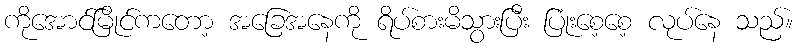
ကိုအောင်မြိုင်ကတော့ အခြေအနေကို ရိပ်စားမိသွားပြီး ပြုံးစေ့စေ့ လုပ်နေ သည်။